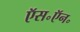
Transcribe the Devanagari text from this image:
ऍस॰ऍन॰